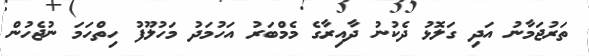
ތަރުޖަމާނު އަދި ގަލޮޅު ދެކުނު ދާއިރާގެ މެމްބަރު އަހުމަދު މަހުލޫފު ހިތްހަމަ ނުޖެހުން